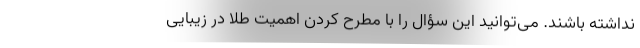
نداشته باشند. می‌توانید این سؤال را با مطرح کردن اهمیت طلا در زیبایی